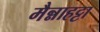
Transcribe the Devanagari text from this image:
मैन्नाहट्टा